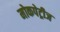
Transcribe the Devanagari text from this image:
मोकपेट्रीज